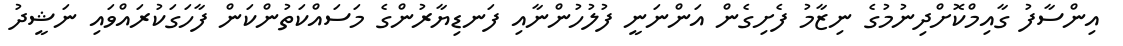
އިންސާފު ގާއިމްކޮށްދިނުމުގެ ނިޒާމު ފެށިގެން އަންނަނީ ފުލުހުންނާއި ފަނޑިޔާރުންގެ މަސައްކަތުންކަން ފާހަގަކުރައްވައި ނަޝީދު